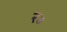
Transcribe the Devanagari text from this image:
र॰